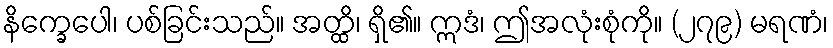
နိက္ခေပေါ၊ ပစ်ခြင်းသည်။ အတ္ထိ၊ ရှိ၏။ ဣဒံ၊ ဤအလုံးစုံကို။ (၂၇၉) မရဏံ၊